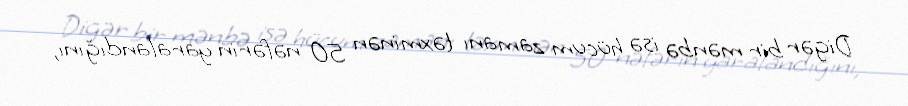
Digər bir mənbə isə hücum zamanı təxminən 50 nəfərin yaralandığını,